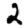
Digit: 2